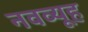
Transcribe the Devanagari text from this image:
नवव्यूह